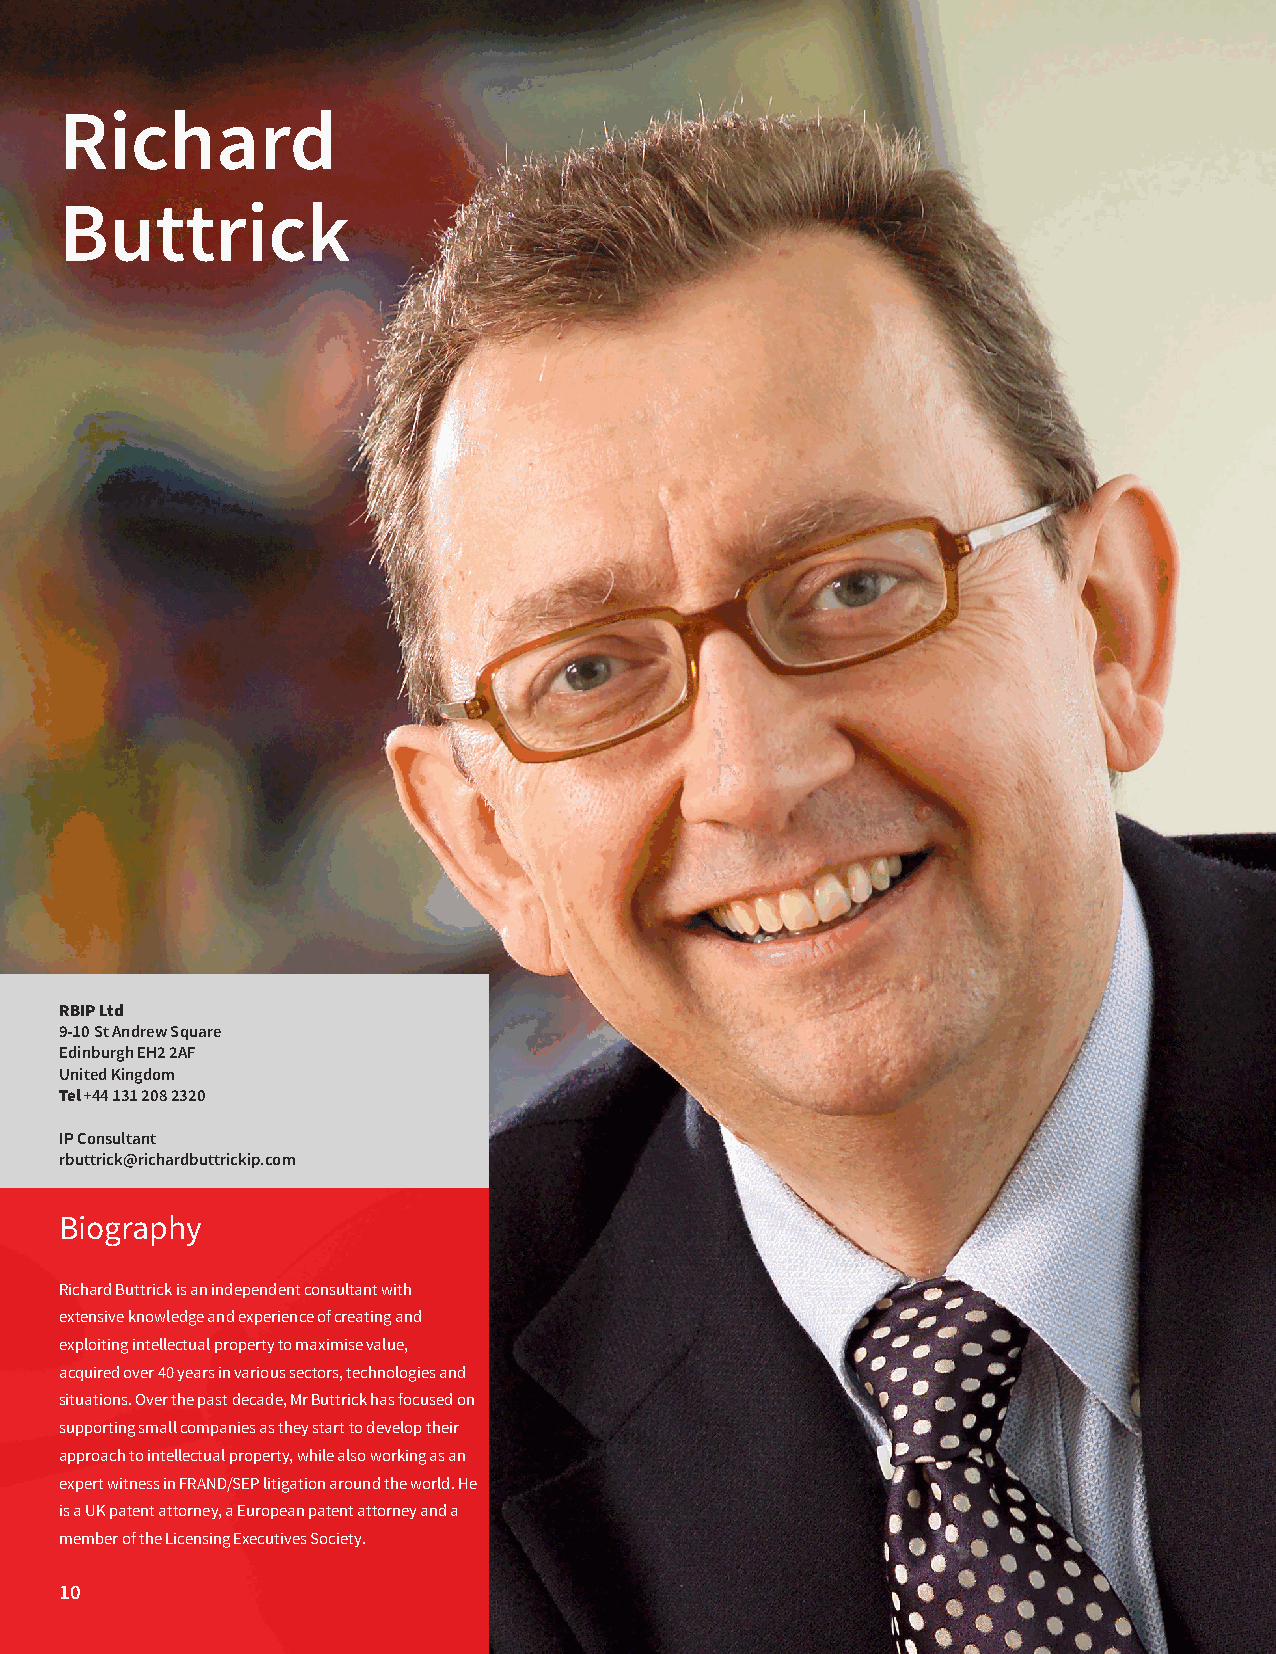
Richard
 Buttrick
 RBIP Ltd
 9-10 St Andrew Square
 Edinburgh EH2 2AF
 United Kingdom
 Tel +44 131 208 2320
 IP Consultant
 rbuttrick@richardbuttrickip.com
 Biography
 Richard Buttrick is an independent consultant with
 extensive knowledge and experience of creating and
 exploiting intellectual property to maximise value,
 acquired over 40 years in various sectors, technologies and
 situations. Over the past decade, Mr Buttrick has focused on
 supporting small companies as they start to develop their
 approach to intellectual property, while also working as an
 expert witness in FRAND/SEP litigation around the world. He
 is a UK patent attorney, a European patent attorney and a
 member of the Licensing Executives Society.
 10